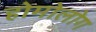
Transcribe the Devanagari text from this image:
होमोलोग